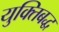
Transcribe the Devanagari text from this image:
युक्तिबद्ध